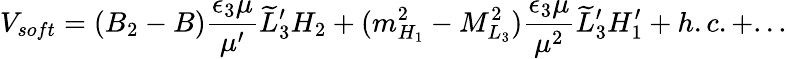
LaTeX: V_{soft}=(B_{2}-B){\frac{\epsilon_{3}\mu}{\mu^{\prime}}}\widetilde L_{3}^{\prime}H_{2}+(m_{H_{1}}^{2}-M_{L_{3}}^{2}){\frac{\epsilon_{3}\mu}{\mu^{2}}}\widetilde L_{3}^{\prime}H_{1}^{\prime}+h.c.+...